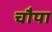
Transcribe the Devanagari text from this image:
चौपा